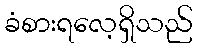
ခံစားရလေ့ရှိသည်